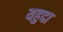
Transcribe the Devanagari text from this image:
यहुदा